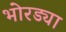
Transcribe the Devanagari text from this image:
भोरड्या